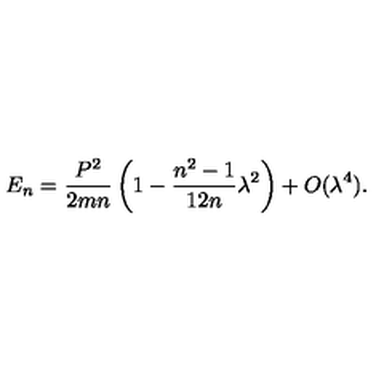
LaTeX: E _ { n } = { \frac { P ^ { 2 } } { 2 m n } } \left( 1 - { \frac { n ^ { 2 } - 1 } { 1 2 n } } \lambda ^ { 2 } \right) + O ( \lambda ^ { 4 } ) .